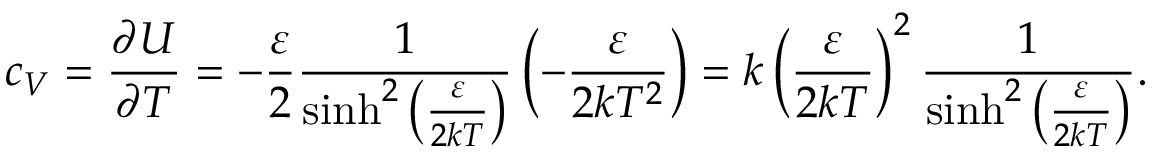
c _ { V } = { \frac { \partial U } { \partial T } } = - { \frac { \varepsilon } { 2 } } { \frac { 1 } { \sinh ^ { 2 } \left( { \frac { \varepsilon } { 2 k T } } \right) } } \left( - { \frac { \varepsilon } { 2 k T ^ { 2 } } } \right) = k \left( { \frac { \varepsilon } { 2 k T } } \right) ^ { 2 } { \frac { 1 } { \sinh ^ { 2 } \left( { \frac { \varepsilon } { 2 k T } } \right) } } .